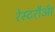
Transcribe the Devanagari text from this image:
रेस्टरौआँ